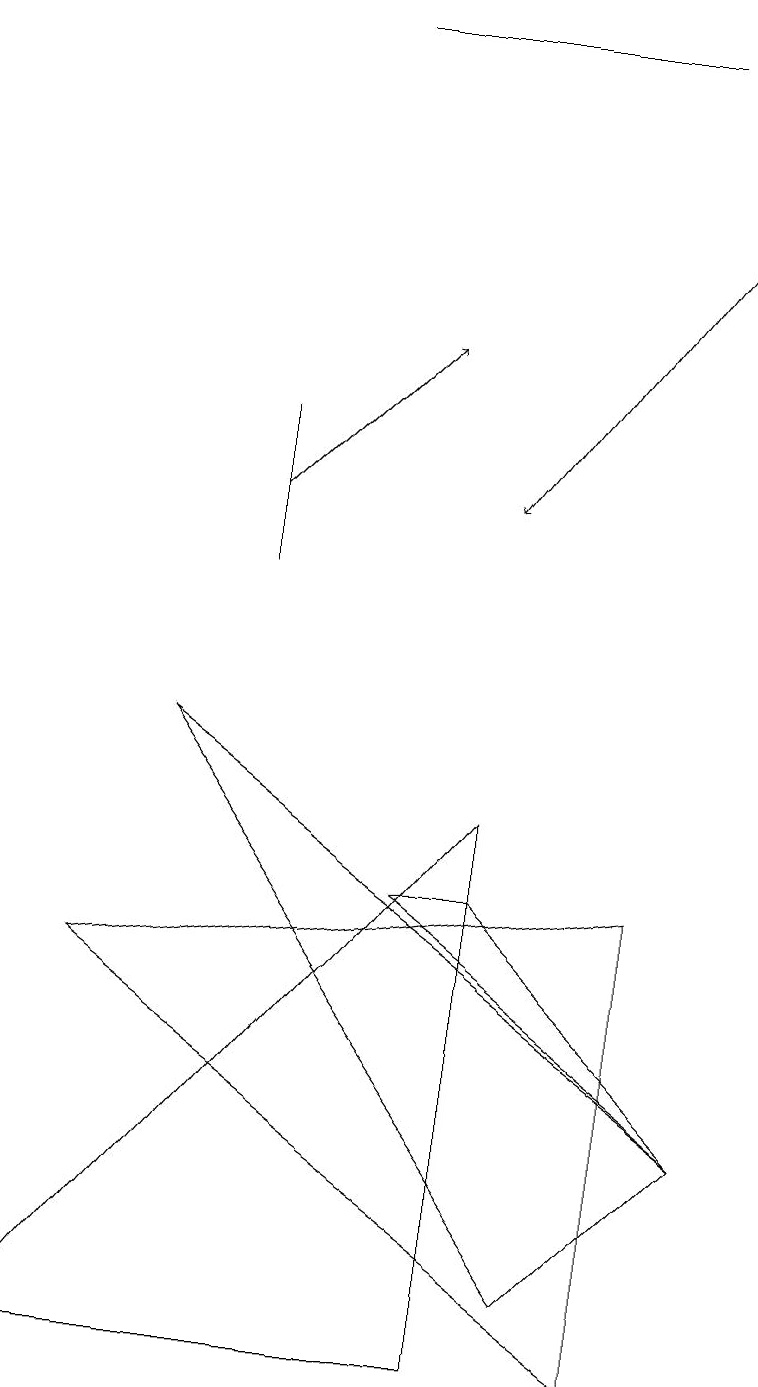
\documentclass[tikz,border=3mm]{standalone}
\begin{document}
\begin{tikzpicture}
\draw (5,7) -- (9,4) -- (6,7) -- cycle;
\draw (3,11) rectangle (3,13);
\draw (4,18) rectangle (8,18);
\draw (6,8) -- (6,1) -- (0,1) -- cycle;
\draw (1,6) -- (8,7) -- (8,1) -- cycle;
\draw[->] (9,16) -- (6,12);
\draw (7,2) -- (2,9) -- (9,4) -- cycle;
\draw[->] (3,12) -- (5,14);
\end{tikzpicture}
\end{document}